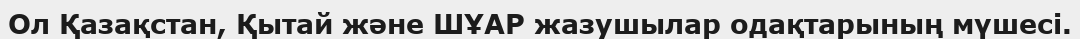
Ол Қазақстан, Қытай және ШҰАР жазушылар одақтарының мүшесі.